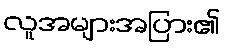
လူအများအပြား၏